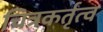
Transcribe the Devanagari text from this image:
चित्रकर्तृत्व